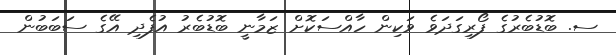
ސ. ބޮޑުބެރުގެ ފޯރިގަދަވެ ވަކިން ހާއްސަކޮށް ޒަމާނީ ބޮޑުބެރު އުފެދި އޭގެ ސަބަބުން